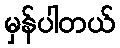
မှန်ပါတယ်